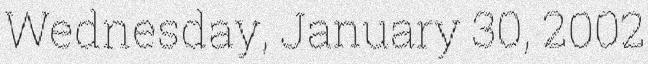
Wednesday, January 30, 2002